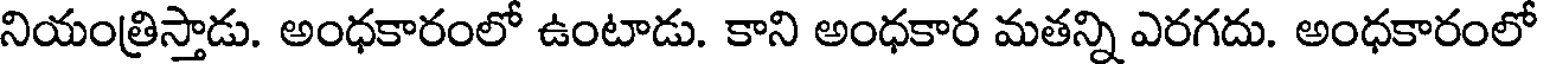
నియంత్రిస్తాడు. అంధకారంలో ఉంటాడు. కాని అంధకార మతన్ని ఎరగదు. అంధకారంలో